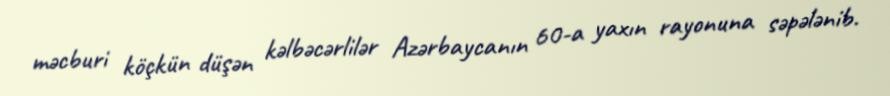
məcburi köçkün düşən kəlbəcərlilər Azərbaycanın 60-a yaxın rayonuna səpələnib.